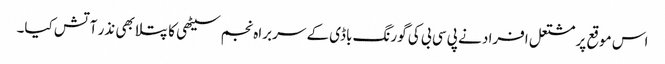
اس موقع پر مشتعل افراد نے پی سی بی کی گورنگ باڈی کے سربراہ نجم سیٹھی کا پتلا بھی نذر آتش کیا۔